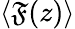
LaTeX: \langle\mathfrak{F}(z)\rangle